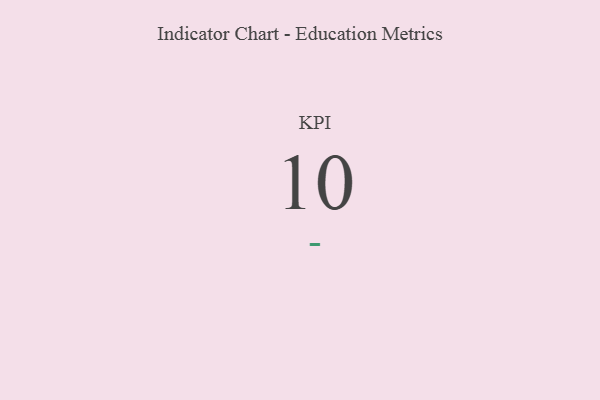
{"axis": {"x": "KPI", "y": "Value"}, "legend": [""], "data": [{"x": "KPI", "y": 10, "type": ""}]}